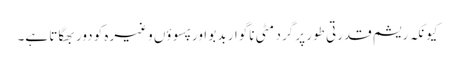
کیونکہ ریشم قدرتی طور پر گرد مٹی ناگوار بدبو اور پسوؤں وغیرہ کو دور بھگاتا ہے۔